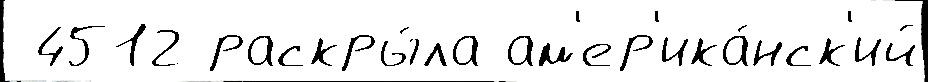
 4512 раскры́ла ам'ер'ика́нск'ий